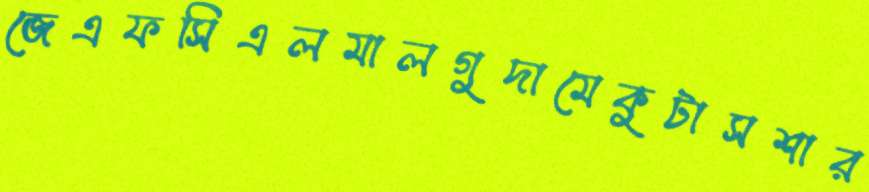
জেএফসিএলমালগুদামেকুটাসশার